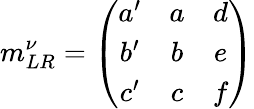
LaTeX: m_{LR}^{\nu}=\left(\begin{array}{ccc}{{a^{\prime}}}&{{a}}&{{d}}\\ {{b^{\prime}}}&{{b}}&{{e}}\\ {{c^{\prime}}}&{{c}}&{{f}}\end{array}\right)